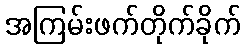
အကြမ်းဖက်တိုက်ခိုက်